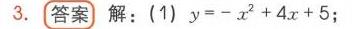
3. 答案 解：(1) \(y=-x^{2}+4x + 5\)；